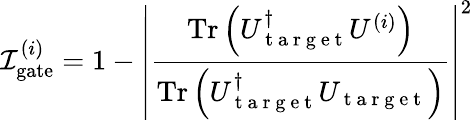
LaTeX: \mathcal{I}_{\mathrm{gate}}^{(i)}=1-\left|\frac{\operatorname{Tr}\left(U_{\mathrm{~t~a~r~g~e~t~}}^{\dagger}U^{(i)}\right)}{\operatorname{Tr}\left(U_{\mathrm{~t~a~r~g~e~t~}}^{\dagger}U_{\mathrm{~t~a~r~g~e~t~}}\right)}\right|^{2}